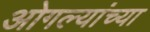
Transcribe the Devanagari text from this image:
ओगल्यांच्या